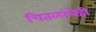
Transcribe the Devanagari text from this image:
चितळांचेही